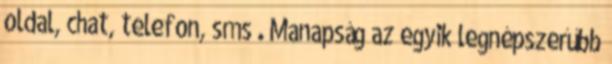
oldal, chat, telefon, sms . Manapság az egyik legnépszerűbb